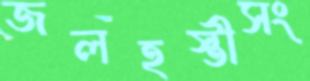
জলহস্তীসং